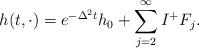
LaTeX: \begin{align*}h(t,\cdot)=e^{-\Delta^{2}t}h_{0}+\sum_{j=2}^{\infty}I^{+}F_{j}.\end{align*}